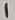
Text: 1